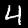
Label: 4